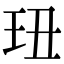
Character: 㺲